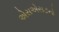
એસએસ૭નો